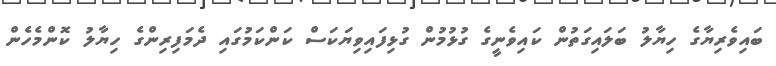
ބައިވެރިޔާގެ ހިޔާލު ބަލައިގަތުން ކައިވެނީގެ ގުޅުމުން ގުޅިފައިވިޔަކަސް ކަންކަމުގައި ދެމަފިރިންގެ ހިޔާލު ކޮންމެހެން